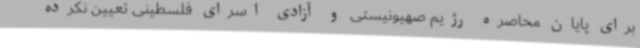
برای پایان محاصره رژیم صهیونیستی و آزادی اسرای فلسطینی تعیین نکرده